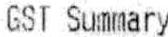
GST SUMMARY